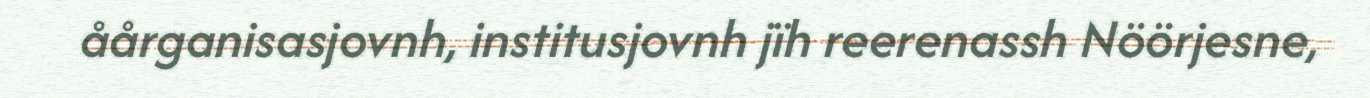
åårganisasjovnh, institusjovnh jïh reerenassh Nöörjesne,